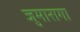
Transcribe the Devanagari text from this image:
जुमारागा